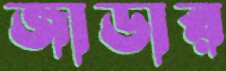
জাডার